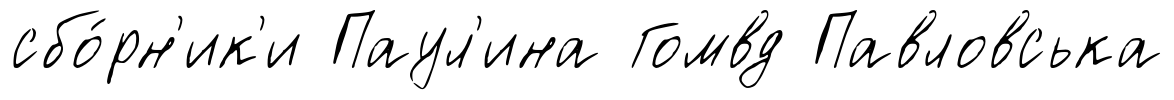
сбо́рн'ик'и Паул'ина Гомвд Павловська